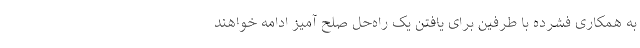
به همکاری فشرده با طرفین برای یافتن یک راه‌حل صلح آمیز ادامه خواهند